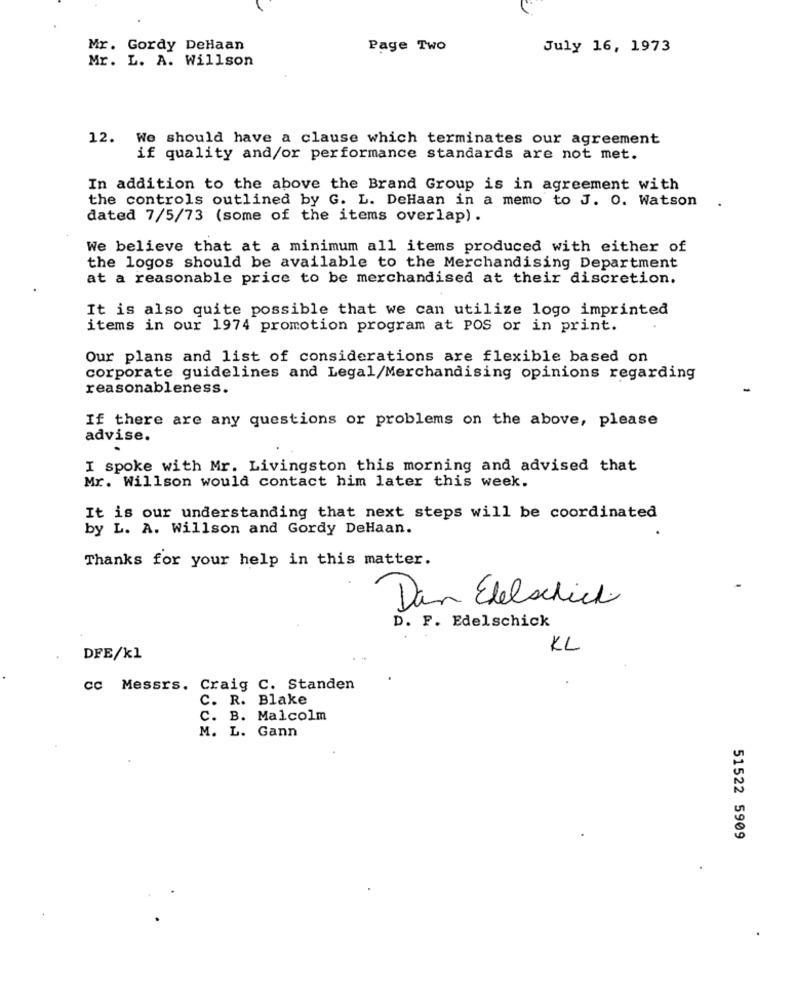
Mr. Gordy DeHaan
Page Two
July 16, 1973
Mr. L. A. Willson
12. We should have a clause which terminates our agreement
if quality and/or performance standards are not met.
In addition to the above the Brand Group is in agreement with
the controls outlined by G. L. DeHaan in a memo to J. O. Watson
dated 7/5/73 (some of the items overlap).
We believe that at a minimum all items produced with either of
the logos should be available to the Merchandising Department
at a reasonable price to be merchandised at their discretion.
It is also quite possible that we can utilize logo imprinted
items in our 1974 promotion program at POS or in print.
Our plans and list of considerations are flexible based on
corporate guidelines and Legal/Merchandising opinions regarding
reasonableness.
-
If there are any questions or problems on the above, please
advise.
I spoke with Mr. Livingston this morning and advised that
Mr. Willson would contact him later this week.
It is our understanding that next steps will be coordinated
by L. A. Willson and Gordy DeHaan.
Thanks for your help in this matter.
Dan Edelschick
D. F. Edelschick
KL
DFE/kl
cc Messrs. Craig C. Standen
C. R. Blake
C. B. Malcolm
M. L. Gann
51522 5909